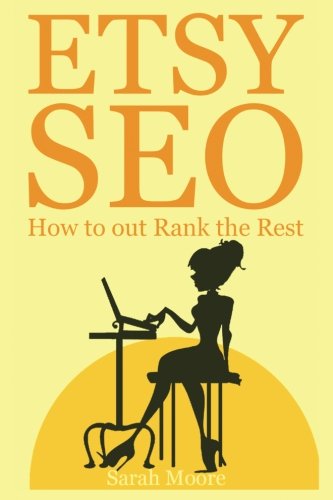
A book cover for Etsy SEO: How to out Rank the Rest (Etsy Free Kindle Books, Etsy Seo, Etsy Empire, Ebay, Amazon, Selling Online, Make Money Online, Etsy SEO, etsy marketing, Etsy ); Sarah Moore; Computers & Technology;